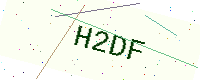
Text: H2DF